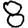
Digit: 8